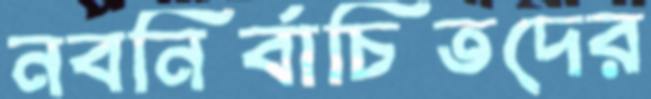
নবনির্বাচিতদের